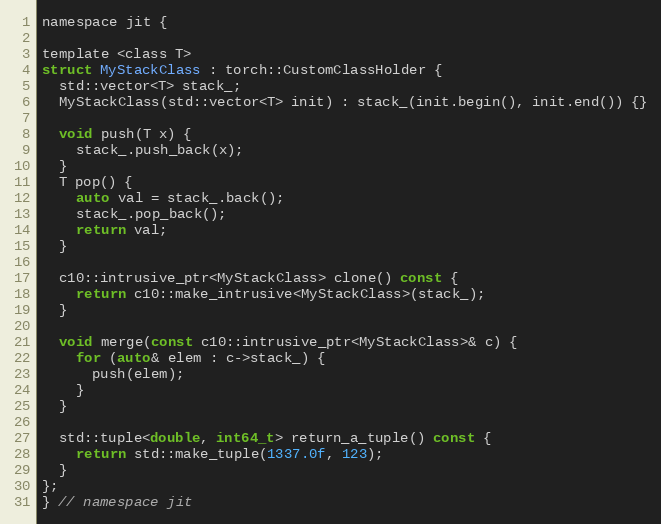
Language: C
namespace jit {

template <class T>
struct MyStackClass : torch::CustomClassHolder {
  std::vector<T> stack_;
  MyStackClass(std::vector<T> init) : stack_(init.begin(), init.end()) {}

  void push(T x) {
    stack_.push_back(x);
  }
  T pop() {
    auto val = stack_.back();
    stack_.pop_back();
    return val;
  }

  c10::intrusive_ptr<MyStackClass> clone() const {
    return c10::make_intrusive<MyStackClass>(stack_);
  }

  void merge(const c10::intrusive_ptr<MyStackClass>& c) {
    for (auto& elem : c->stack_) {
      push(elem);
    }
  }

  std::tuple<double, int64_t> return_a_tuple() const {
    return std::make_tuple(1337.0f, 123);
  }
};
} // namespace jit